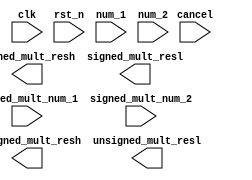
module multer #(
    parameter DATA_WIDTH = 32
)(
    input clk,
    input rst_n,
    input cancel,
    input signed_mult_num_1,
    input signed_mult_num_2,
    input [DATA_WIDTH - 1:0]num_1,
    input [DATA_WIDTH - 1:0]num_2,
    output [DATA_WIDTH - 1:0]signed_mult_resh,
    output [DATA_WIDTH - 1:0]signed_mult_resl,
    output [DATA_WIDTH - 1:0]unsigned_mult_resh,
    output [DATA_WIDTH - 1:0]unsigned_mult_resl
    );
    
`ifdef WALLACE_TREE
    //33bit
    wire [DATA_WIDTH:0]num_2_extend;
    wire num_1_extend_sign;
    wire num_2_extend_sign;
    
//    assign num_1_extend_sign = num_1[DATA_WIDTH - 1] & signed_mult;
//    assign num_2_extend_sign = num_2[DATA_WIDTH - 1] & signed_mult;
    
    assign num_1_extend_sign = num_1[DATA_WIDTH - 1] & signed_mult_num_1;
    assign num_2_extend_sign = num_2[DATA_WIDTH - 1] & signed_mult_num_2;
    
    wire [DATA_WIDTH + 1:0] num_1_double;
    wire [DATA_WIDTH + 1:0] num_1_double_minus;
//    wire [DATA_WIDTH:0] num_1_data_width;
    wire [DATA_WIDTH + 1:0] num_1_data_width_plus1  ;
    wire [DATA_WIDTH + 1:0] num_1_minus;
    
//    assign num_1_data_width       = {num_1_extend_sign,num_1};
    assign num_1_data_width_plus1 = {num_1_extend_sign, num_1_extend_sign,num_1};
    assign num_1_double       = {num_1_extend_sign, num_1, 1'b0};
    assign num_1_minus        = (~ num_1_data_width_plus1) + 'd1;
    assign num_1_double_minus = (~ num_1_double) + 'd1;

//    assign num_1_double       = {num_1,1'b0};
//    assign num_1_double       = {num_1_extend_sign,num_1 << 1};
    //67bit = 
    wire [2*DATA_WIDTH + 2 : 0] num1_minus_extend = {{33{num_1_minus[DATA_WIDTH + 1]}}, num_1_minus};
    //33bit
    assign num_2_extend = {num_2_extend_sign, num_2};
    //67bit
    wire [2*DATA_WIDTH + 2 :0]partition_sum[16:0];
    // x(0 ~ 33) y (0 ~ 32)
    // y * x = x << 31 * (~y32) + x << 30 * (y31) + x<< 29 * (y30)...
    // = x<< 31 * (~2y32 + y31 + y30) + x<< 29 * (~2y30 + y29 + y28)
    // + ...
    // + x << 1 * (-2y2 + y1 + y0)
    // (total 16)
    // + x << -1 * (-2y0 + y-1 + y-2) = x * -y0
    // (total 17 part)
    
    
    // y * x = x << 32 * (~y33) + x << 31 * (y32) + x<< 30 * (y31)...
    // = x<< 31 * (~2y33 + y32 + y31) + x<< 29 * (~2y31 + y29 + y28)
    // + ...
    // + x << 1 * (-2y2 + y1 + y0)
    // (total 16)
    // + x << -1 * (-2y0 + y-1 + y-2) = x * -y0
    // (total 17 part)
    
    genvar j;
    generate
        for(j = 0;j < 16;j = j + 1)
        begin:booth
            booth_2bit #(
                .DATA_WIDTH(DATA_WIDTH + 2),
                .EXTEND_WIDTH(DATA_WIDTH + 1),
                .BIAS(2*j + 1)
            )booth_2bit_inst(
                //begin from y0
                .y(num_2_extend[2*j +: 3]),
                .num_double(num_1_double),
                .num_double_minus(num_1_double_minus),
                .num_data_width(num_1_data_width_plus1),
                .num_minus(num_1_minus),
                .num_booth_extend(partition_sum[j+1])
                );         
        end
    endgenerate
    
    assign partition_sum[0] = (num_2_extend[0])?num1_minus_extend:'d0;
                
    //67bit
    wire [16:0]partition_sum_T[2*DATA_WIDTH + 2:0];
    genvar i;
    generate
        for(i = 0;i <= (2*DATA_WIDTH + 2);i = i + 1)
        begin:T_matrix
            assign partition_sum_T[i] = {
                partition_sum[16][i],
                partition_sum[15][i],
                partition_sum[14][i],
                partition_sum[13][i],
                partition_sum[12][i],
                partition_sum[11][i],
                partition_sum[10][i],
                partition_sum[9][i],
                partition_sum[8][i],
                partition_sum[7][i],
                partition_sum[6][i],
                partition_sum[5][i],
                partition_sum[4][i],
                partition_sum[3][i],
                partition_sum[2][i],
                partition_sum[1][i],
                partition_sum[0][i]};   
        end
    endgenerate
    
    wire [2*DATA_WIDTH + 2:0]carry_vector;
    wire [2*DATA_WIDTH + 2:0]sum_vector;
    
    wire [4:0]carry_layer1_o [2*DATA_WIDTH + 2:0];
    wire [4:0]carry_layer2_i [2*DATA_WIDTH + 2:0];

    wire [3:0]carry_layer2_o [2*DATA_WIDTH + 2:0];
    
    wire [3:0]carry_layer3_i [2*DATA_WIDTH + 2:0];
    wire [1:0]carry_layer3_o [2*DATA_WIDTH + 2:0];
    
    wire [1:0]carry_layer4_i [2*DATA_WIDTH + 2:0];
    wire [1:0]carry_layer4_o [2*DATA_WIDTH + 2:0];
    
    wire [1:0]carry_layer5_i [2*DATA_WIDTH + 2:0];
    wire carry_layer5_o [2*DATA_WIDTH + 2:0];
    
    wire carry_layer6_i [2*DATA_WIDTH + 2:0];
    
    
    assign carry_layer2_i[0] = 5'd0;
    assign carry_layer3_i[0] = 4'd0;
    assign carry_layer4_i[0] = 2'd0;
    assign carry_layer5_i[0] = 2'd0;
    assign carry_layer6_i[0] = 1'd0;
    assign carry_vector[0]   = 1'b0;
    wallace_tree_full wallace_tree_full_inst_first(
        .clk(clk),
        .rst_n(rst_n),
        .cancel(cancel),
        .num_in(partition_sum_T[0]),
        .carry_layer1_o(carry_layer1_o[0]),
        .carry_layer2_i(carry_layer2_i[0]),
        .carry_layer2_o(carry_layer2_o[0]),
        .carry_layer3_i(carry_layer3_i[0]),
        .carry_layer3_o(carry_layer3_o[0]),
        .carry_layer4_i(carry_layer4_i[0]),
        .carry_layer4_o(carry_layer4_o[0]),
        .carry_layer5_i(carry_layer5_i[0]),
        .carry_layer5_o(carry_layer5_o[0]),
        .carry_layer6_i(carry_layer6_i[0]),
        .c_out(carry_vector[1]),
        .s_out(sum_vector[0])
    );  
    
    genvar k;
    generate
        for(k = 1;k < (2*DATA_WIDTH + 2);k = k + 1)
        begin:tree
            assign carry_layer2_i[k] = carry_layer1_o [k-1];
            assign carry_layer3_i[k] = carry_layer2_o [k-1];
            assign carry_layer4_i[k] = carry_layer3_o [k-1];
            assign carry_layer5_i[k] = carry_layer4_o [k-1];
            assign carry_layer6_i[k] = carry_layer5_o [k-1];
    
            wallace_tree_full wallace_tree_full_inst(
                .clk(clk),
                .rst_n(rst_n),
                .cancel(cancel),
                .num_in(partition_sum_T[k]),
                .carry_layer1_o(carry_layer1_o[k]),
                .carry_layer2_i(carry_layer2_i[k]),
                .carry_layer2_o(carry_layer2_o[k]),
                .carry_layer3_i(carry_layer3_i[k]),
                .carry_layer3_o(carry_layer3_o[k]),
                .carry_layer4_i(carry_layer4_i[k]),
                .carry_layer4_o(carry_layer4_o[k]),
                .carry_layer5_i(carry_layer5_i[k]),
                .carry_layer5_o(carry_layer5_o[k]),
                .carry_layer6_i(carry_layer6_i[k]),
                .c_out(carry_vector[k+1]),
                .s_out(sum_vector[k])
            );  
        end
    endgenerate
        
    assign carry_layer2_i[2*DATA_WIDTH + 2] = carry_layer1_o [2*DATA_WIDTH + 1];
    assign carry_layer3_i[2*DATA_WIDTH + 2] = carry_layer2_o [2*DATA_WIDTH + 1];
    assign carry_layer4_i[2*DATA_WIDTH + 2] = carry_layer3_o [2*DATA_WIDTH + 1];
    assign carry_layer5_i[2*DATA_WIDTH + 2] = carry_layer4_o [2*DATA_WIDTH + 1];
    assign carry_layer6_i[2*DATA_WIDTH + 2] = carry_layer5_o [2*DATA_WIDTH + 1];

    wallace_tree_full wallace_tree_full_inst_last(
        .clk(clk),
        .rst_n(rst_n),
        .cancel(cancel),
        .num_in(partition_sum_T[2*DATA_WIDTH + 2]),
        .carry_layer1_o(carry_layer1_o[2*DATA_WIDTH + 2]),
        .carry_layer2_i(carry_layer2_i[2*DATA_WIDTH + 2]),
        .carry_layer2_o(carry_layer2_o[2*DATA_WIDTH + 2]),
        .carry_layer3_i(carry_layer3_i[2*DATA_WIDTH + 2]),
        .carry_layer3_o(carry_layer3_o[2*DATA_WIDTH + 2]),
        .carry_layer4_i(carry_layer4_i[2*DATA_WIDTH + 2]),
        .carry_layer4_o(carry_layer4_o[2*DATA_WIDTH + 2]),
        .carry_layer5_i(carry_layer5_i[2*DATA_WIDTH + 2]),
        .carry_layer5_o(carry_layer5_o[2*DATA_WIDTH + 2]),
        .carry_layer6_i(carry_layer6_i[2*DATA_WIDTH + 2]),
        .c_out(),
        .s_out(sum_vector[2*DATA_WIDTH + 2])
    );  
    
    wire [2*DATA_WIDTH + 2:0]signed_mult_result = sum_vector  + carry_vector;
    wire [2*DATA_WIDTH - 1:0]unsigned_mult_result = signed_mult_result[2*DATA_WIDTH - 1:0];
    
    
    assign signed_mult_resh = signed_mult_result[2*DATA_WIDTH - 1:DATA_WIDTH];
    assign signed_mult_resl = signed_mult_result[DATA_WIDTH - 1:0];
    assign unsigned_mult_resh = unsigned_mult_result[2*DATA_WIDTH - 1:DATA_WIDTH];
    assign unsigned_mult_resl = unsigned_mult_result[DATA_WIDTH - 1:0];

`endif 

   
`ifdef ADD_TREE 
    
    reg [2*DATA_WIDTH - 1:0]signed_mult_res;
    wire [2*DATA_WIDTH - 1:0]unsigned_mult_res;
    
    integer i;
    always@(num_1 or num_2)
    begin   
        signed_mult_res = 0;
        for(i = 1; i < DATA_WIDTH ; i = i + 1)begin
            if(num_2[i-1])begin
                signed_mult_res = signed_mult_res + num_1 << (i - 1);
            end
        end
    end
    
    assign req_ready = 1'b1;
    assign rsp_valid = 1'b1;
    assign unsigned_mult_res = signed_mult_res[2*DATA_WIDTH - 1:0];
    assign signed_mult_resh  = signed_mult_res[2*DATA_WIDTH - 1:DATA_WIDTH];
    assign signed_mult_resl  = signed_mult_res[DATA_WIDTH - 1:0];
    assign unsigned_mult_resh  = unsigned_mult_res[2*DATA_WIDTH - 1:DATA_WIDTH];
    assign unsigned_mult_resl  = unsigned_mult_res[DATA_WIDTH - 1:0];
`endif
      
          
     
`ifdef DSP
          
    localparam state_idle = 3'b001;
    localparam state_busy = 3'b010;
    localparam state_back = 3'b100;
    
    wire [2*DATA_WIDTH - 1:0]signed_mult_res;
    wire [2*DATA_WIDTH - 1:0]unsigned_mult_res;
    
    reg [2:0]state;
    reg [2:0]next_state;
    
    reg [DATA_WIDTH - 1:0] mult_1;
    reg [DATA_WIDTH - 1:0] mult_2;
    always@(posedge clk)begin
        if(!rst_n)begin
            state <= state_idle;
        end
        else begin
            state <= next_state;
        end
    end
    
    wire mult_over;
    assign mult_over = 1'b1;
    always@(*)begin
        case(state)
            state_idle:begin
                if(req_valid && !cancel)begin
                    next_state <= state_busy;
                end
                else begin
                    next_state <= state_idle;        
                end
            end
            state_busy:begin
                if(cancel)begin
                    next_state <= state_idle;
                end
                else if(mult_over)begin
                    next_state <= state_back;
                end
                else begin
                    next_state <= state_busy;
                end
            end
            state_back:begin
                if(rsp_ready)begin
                    next_state <= state_idle;        
                end
                else begin
                    next_state <= state_back;
                end
            end
            default:begin
                next_state <= state_idle;
            end
        endcase        
    end
    
    always@(posedge clk)begin
        if(!rst_n)begin
            mult_1 <= 32'd0;
            mult_2 <= 32'd0;
        end
        else if(state[0] && req_valid)begin
            mult_1 <= num_1;
            mult_2 <= num_2;
        end
        else if(state[2] && rsp_ready)begin
            mult_1 <= 32'd0;
            mult_2 <= 32'd0;
        end
        else begin
            mult_1 <= mult_1;
            mult_2 <= mult_2;
        end
    end
    
    assign signed_mult_res = $signed(mult_1) * $signed(mult_2);
    assign unsigned_mult_res = mult_1 * mult_2;
    
    assign signed_mult_resh = signed_mult_res[2*DATA_WIDTH -  1:DATA_WIDTH];
    assign signed_mult_resl = signed_mult_res[DATA_WIDTH - 1:0];
    assign unsigned_mult_resh = unsigned_mult_res[2*DATA_WIDTH -  1:DATA_WIDTH];
    assign unsigned_mult_resl = unsigned_mult_res[DATA_WIDTH - 1:0];
    
    
    assign req_ready  = state[0];
    assign rsp_valid  = state[2];
 
 `endif
     
endmodule